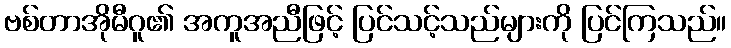
ဗစ်တာအိုမီဂူ၏ အကူအညီဖြင့် ပြင်သင့်သည်များကို ပြင်ကြသည်။